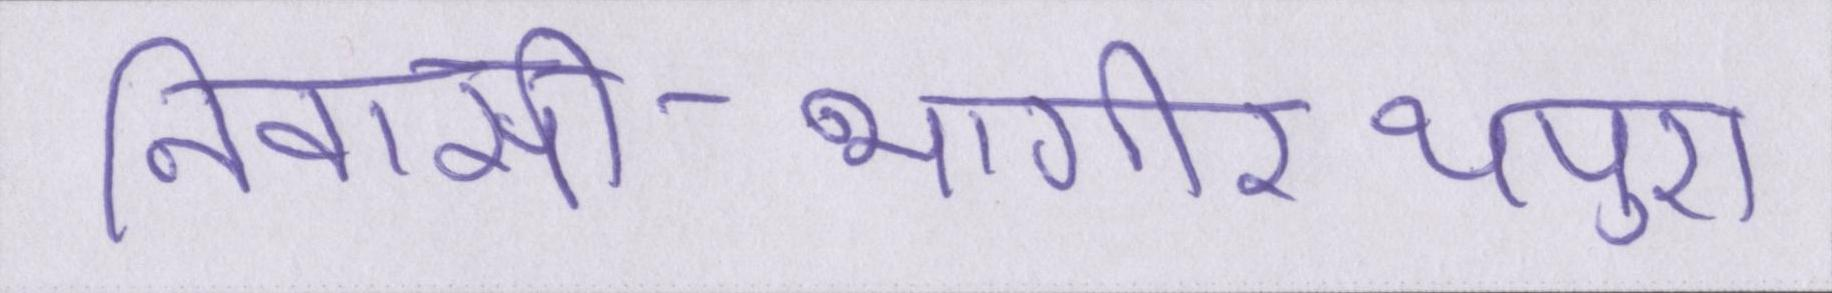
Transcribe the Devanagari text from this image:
निवासी-भागीरथपुरा